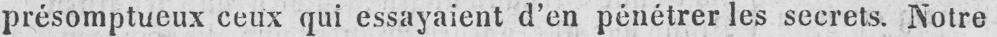
présomptueux ceux qui essayaient d’en pénétrer les secrets. Notre